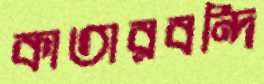
কাতারবন্দি